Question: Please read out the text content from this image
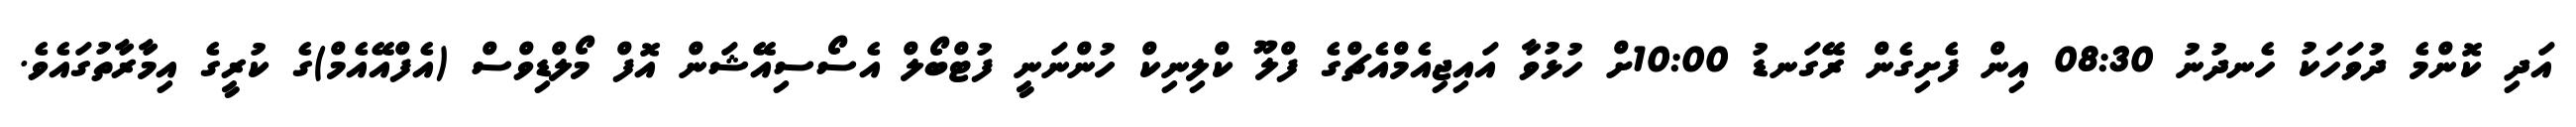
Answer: އަދި ކޮންމެ ދުވަހަކު ހެނދުނު 08:30 އިން ފެށިގެން ރޭގަނޑު 10:00ށް ހުޅުވާ އައިޖިއެމްއެޗްގެ ފްލޫ ކްލިނިކް ހުންނަނީ ފުޓްބޯލް އެސޯސިއޭޝަން އޮފް މޯލްޑިވްސް (އެފްއޭއެމް)ގެ ކުރީގެ އިމާރާތުގައެވެ.